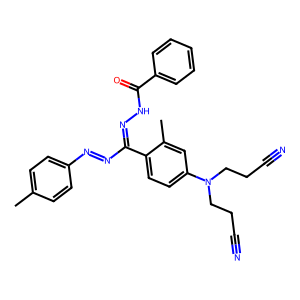
SMILES: Cc1ccc(N=NC(=NNC(=O)c2ccccc2)c2ccc(N(CCC#N)CCC#N)cc2C)cc1
Inhibits HIV replication: No